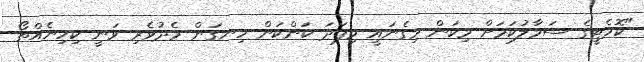
"ކޮމެޓީގެ ސަމާލުކަމަށް މިކަން މިގެނައީ މިފަދަ ކަންކަން ހިނގަން މެދުވެރި ވަނީ ކިހިނެއްތޯ